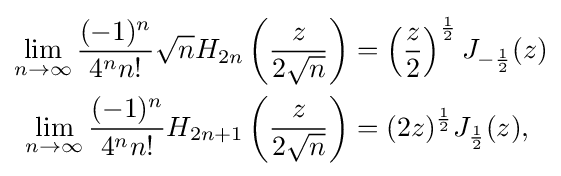
{\begin{aligned}\lim _{n\to \infty }{\frac {(-1)^{n}}{4^{n}n!}}{\sqrt {n}}H_{2n}\left({\frac {z}{2{\sqrt {n}}}}\right)&=\left({\frac {z}{2}}\right)^{\frac {1}{2}}J_{-{\frac {1}{2}}}(z)\\\lim _{n\to \infty }{\frac {(-1)^{n}}{4^{n}n!}}H_{2n+1}\left({\frac {z}{2{\sqrt {n}}}}\right)&=(2z)^{\frac {1}{2}}J_{\frac {1}{2}}(z),\end{aligned}}